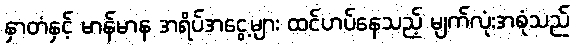
နှာတံနှင့် မာန်မာန အရိပ်အငွေ့များ ထင်ဟပ်နေသည့် မျက်လုံးအစုံသည်